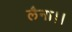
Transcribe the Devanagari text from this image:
लैना।।